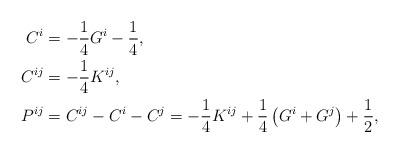
LaTeX: \begin{align*}\begin{aligned} C^{i}&=-\frac{1}{4}G^{i}-\frac{1}{4},\\ C^{ij}&=-\frac{1}{4}K^{ij},\\ P^{ij}&=C^{ij}-C^{i}-C^{j}=-\frac{1}{4}K^{ij}+\frac{1}{4}\left(G^{i}+G^{j}\right)+\frac{1}{2},\end{aligned}\end{align*}